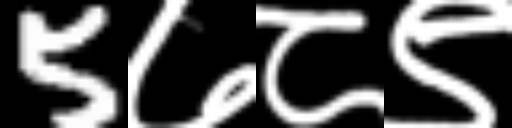
Text: 5७८९